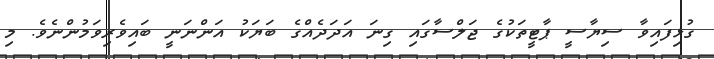
ގުޅިފައިވާ ސިޔާސީ ޕާޓީތަކުގެ ޖަލްސާގައި ގިނަ އަދަދެއްގެ ބަޔަކު އަންނަނީ ބައިވެރިވަމުންނެވެ. މި